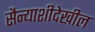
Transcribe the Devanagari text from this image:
सैन्याशीदेखील